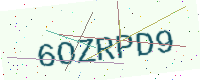
Text: 6OZRPD9